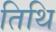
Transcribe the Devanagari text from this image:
तिथि